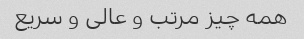
همه چیز مرتب و عالی و سریع